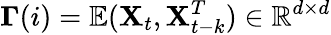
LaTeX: \mathbf{\Gamma}(i)=\mathbb{E}(\mathbf{X}_{t},\mathbf{X}_{t-k}^{T})\in\mathbb{R}^{d\times d}